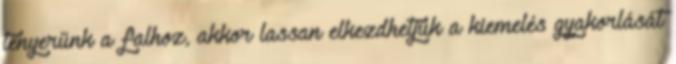
tenyerünk a falhoz, akkor lassan elkezdhetjük a kiemelés gyakorlását